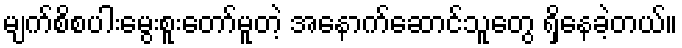
မျက်စိစပါးမွေးစူးတော်မူတဲ့ အနောက်ဆောင်သူတွေ ရှိနေခဲ့တယ်။